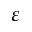
\varepsilon